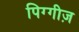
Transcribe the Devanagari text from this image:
पिग्गीज़